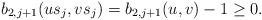
LaTeX: \begin{align*}b_{2, j+1}(us_j,vs_j)=b_{2, j+1}(u,v)-1\geq 0.\end{align*}